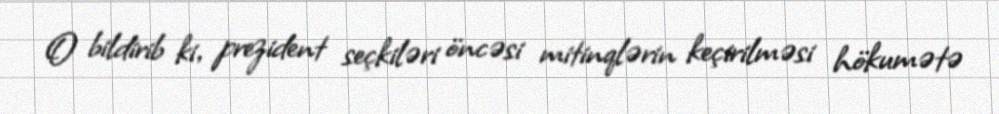
O bildirib ki, prezident seçkiləri öncəsi mitinqlərin keçirilməsi hökumətə